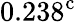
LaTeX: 0.238^{\mathrm{c}}